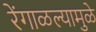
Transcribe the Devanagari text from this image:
रेंगाळल्यामुळे